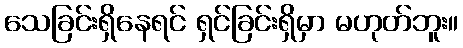
သေခြင်းရှိနေရင် ရှင်ခြင်းရှိမှာ မဟုတ်ဘူး။